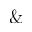
\&